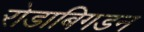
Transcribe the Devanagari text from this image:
रोडाबिगडन